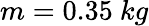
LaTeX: m=0.35\ kg